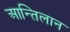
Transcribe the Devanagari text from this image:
आन्तिलान